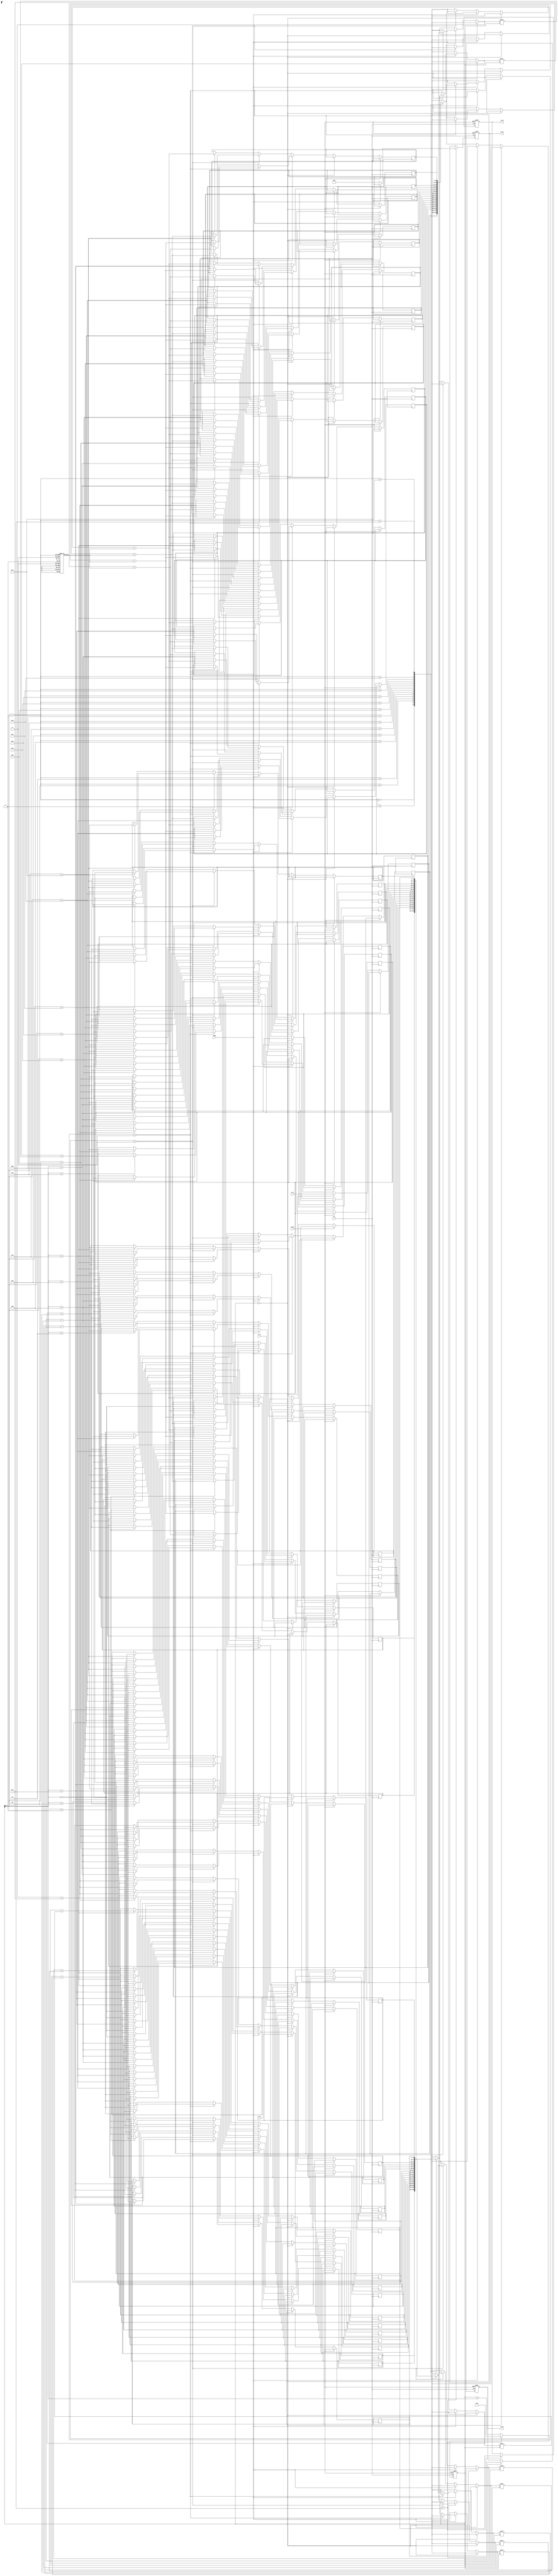
module modified_cordic #(
    parameter WIDTH = 16,               // Fixed-point width
    parameter ITERATIONS = 16           // Number of iterations for precision
)(
    input wire clk,
    input wire reset,
    input wire [WIDTH-1:0] X_in,
    input wire [WIDTH-1:0] Y_in,
    input wire [WIDTH-1:0] Z_in,
    input wire mode,                    // 0: rotation, 1: vectoring
    output reg [WIDTH-1:0] X_out,
    output reg [WIDTH-1:0] Y_out,
    output reg [WIDTH-1:0] Z_out
);

    // Internal signals
    reg [WIDTH-1:0] x [0:ITERATIONS-1];
    reg [WIDTH-1:0] y [0:ITERATIONS-1];
    reg [WIDTH-1:0] z [0:ITERATIONS-1];
    reg [4:0] i;  // Iteration counter

    // Lookup table for arctan values
    reg [WIDTH-1:0] atan_lut [0:ITERATIONS-1];
    
    initial begin
        // Initialize lookup table with precomputed arctan(1/2^n) values
        // Example values, these should be replaced with actual values
        atan_lut[0] = 16'h2000; // atan(1)
        atan_lut[1] = 16'h1000; // atan(1/2)
        atan_lut[2] = 16'h0800; // atan(1/4)
        // ... Continue initializing for all iterations
    end

    // State machine for CORDIC processing
    always @(posedge clk or posedge reset) begin
        if (reset) begin
            X_out <= 0;
            Y_out <= 0;
            Z_out <= 0;
            i <= 0;
        end else begin
            if (i == 0) begin
                // Initialize first iteration
                x[0] <= X_in;
                y[0] <= Y_in;
                z[0] <= Z_in;
            end else begin
                // Perform CORDIC rotation or vectoring
                if (mode == 0) begin // Rotation mode
                    if (z[i-1] < 0) begin
                        x[i] <= x[i-1] + (y[i-1] >>> i);
                        y[i] <= y[i-1] - (x[i-1] >>> i);
                        z[i] <= z[i-1] + atan_lut[i-1];
                    end else begin
                        x[i] <= x[i-1] - (y[i-1] >>> i);
                        y[i] <= y[i-1] + (x[i-1] >>> i);
                        z[i] <= z[i-1] - atan_lut[i-1];
                    end
                end else begin // Vectoring mode
                    if (y[i-1] < 0) begin
                        x[i] <= x[i-1] + (y[i-1] >>> i);
                        y[i] <= y[i-1] + (x[i-1] >>> i);
                        z[i] <= z[i-1] - atan_lut[i-1];
                    end else begin
                        x[i] <= x[i-1] - (y[i-1] >>> i);
                        y[i] <= y[i-1] - (x[i-1] >>> i);
                        z[i] <= z[i-1] + atan_lut[i-1];
                    end
                end
            end

            // Update output at the last iteration
            if (i == ITERATIONS-1) begin
                X_out <= x[ITERATIONS-1];
                Y_out <= y[ITERATIONS-1];
                Z_out <= mode ? z[ITERATIONS-1] : 0; // Only in vectoring mode
                i <= 0; // Reset iteration counter after completion
            end else begin
                i <= i + 1; // Increment iteration counter
            end
        end
    end
endmodule